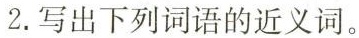
2.写出下列词语的近义词。